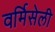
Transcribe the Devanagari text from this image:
वर्मिसेली